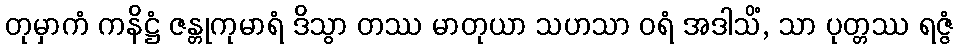
တုမှာကံ ကနိဋ္ဌံ ဇန္တုကုမာရံ ဒိသွာ တဿ မာတုယာ သဟသာ ဝရံ အဒါသိံ, သာ ပုတ္တဿ ရဇ္ဇံ